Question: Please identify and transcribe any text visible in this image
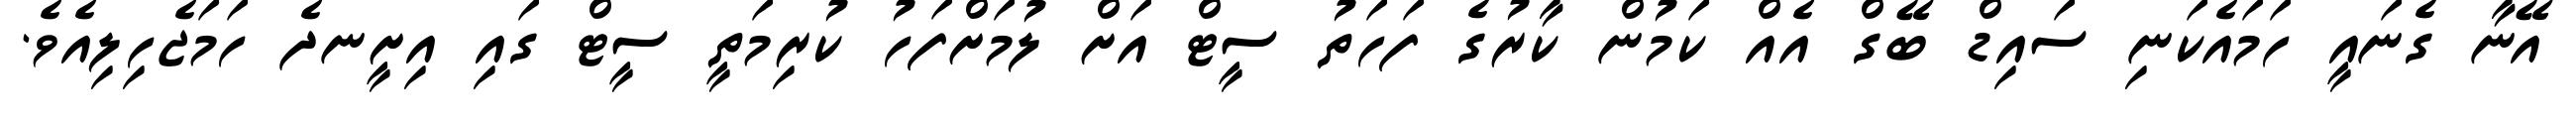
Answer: އޭނާ ގެނައީ ހަމައެކަނި ސައިޑް ބޭގް އެއް ކަމުން ކާރުގެ ފަހަތު ސީޓް އަށް ލުމަށްފަހު ކުރިމަތީ ސީޓް ގައި އިށީނދެ ހަމަޖެހިލިއެވެ.